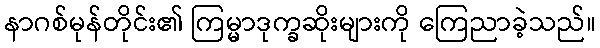
နာဂစ်မုန်တိုင်း၏ ကြမ္မာဒုက္ခဆိုးများကို ကြေညာခဲ့သည်။